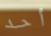
أحد